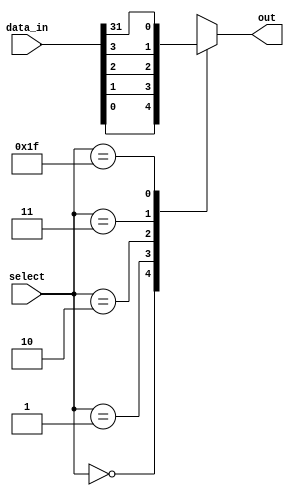
module mux_32to1(
    input [31:0] data_in,
    input [4:0] select,
    output reg out
);

always @(*) begin
    case (select)
        5'b00000: out = data_in[0];
        5'b00001: out = data_in[1];
        5'b00010: out = data_in[2];
        5'b00011: out = data_in[3];
        // continue for each select value up to 31
        5'b11111: out = data_in[31];
        default: out = 1'bx; // default value if select is invalid
    endcase
end

endmodule